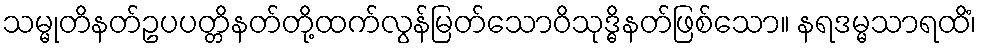
သမ္မုတိနတ်ဥပပတ္တိနတ်တို့ထက်လွန်မြတ်သောဝိသုဒ္ဓိနတ်ဖြစ်သော။ နရဒမ္မသာရထိံ၊